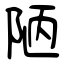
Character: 陋